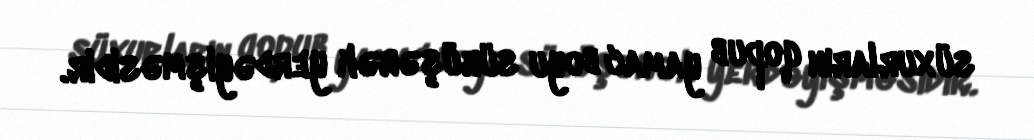
süxurların qopub yamac boyu sürüşərək yerdəyişməsidir.